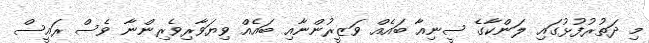
މި ދަތުރުފުޅުގައި ލަންކާގެ ސީނިއާ ބައެއް ވަޒީރުންނާއި ބައެއް ވިޔަވާރިވެރިންނާ ވެސް ރައީސް